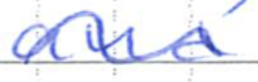
Text: and
Cross-out: wave
Writing tool: ballpoint